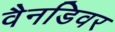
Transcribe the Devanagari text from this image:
वैनडिवर